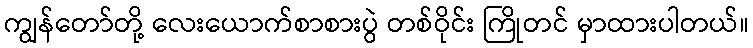
ကျွန်တော်တို့ လေးယောက်စာစားပွဲ တစ်ဝိုင်း ကြိုတင် မှာထားပါတယ်။